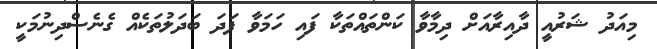
މިއަދު ޝަރުއީ ދާއިރާއަށް ދިމާވާ ކަންތައްތަކާ ފައި ހަމަވާ ފަދަ ބަދަލުތަކެއް ގެނެސްދިނުމަކީ